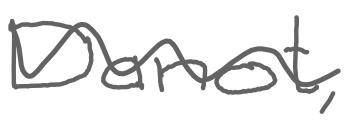
Text: Danot,
Cross-out: wave
Writing tool: digital_gray